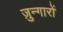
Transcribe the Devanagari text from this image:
ज़ुन्गारों